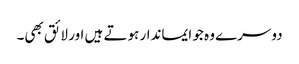
دوسرے وہ جو ایماندار ہوتے ہیں اور لائق بھی۔